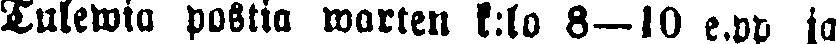
Tulewia postia warten k:lo 8—10 e.pp ja